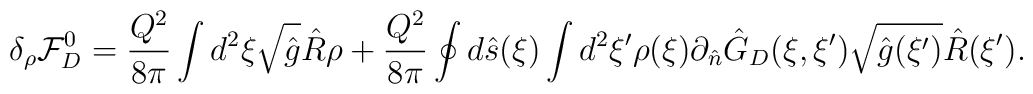
{\delta_{\rho}}{\mathcal{F}_D^0}={{Q^2}\over{8\pi}}\int{d^2}\xi\sqrt{\hat{g}}\hat{R}\rho+{{Q^2}\over{8\pi}}\oint{d}\hat{s}(\xi)\int{d^2}\xi'\rho(\xi){\partial_{\hat{n}}}{\hat{G}_D}(\xi,\xi')\sqrt{\hat{g}(\xi')}\hat{R}(\xi').